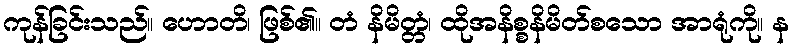
ကုန်ခြင်းသည်။ ဟောတိ၊ ဖြစ်၏။ တံ နိမိတ္တံ၊ ထိုအနိစ္စနိမိတ်စသော အာရုံကို။ န